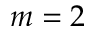
m = 2